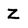
Character: Z